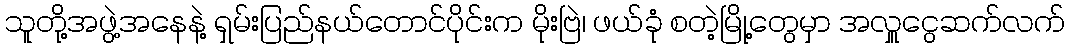
သူတို့အဖွဲ့အနေနဲ့ ရှမ်းပြည်နယ်တောင်ပိုင်းက မိုးဗြဲ၊ ဖယ်ခုံ စတဲ့မြို့တွေမှာ အလှူငွေဆက်လက်